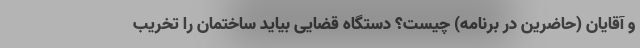
و آقایان (حاضرین در برنامه) چیست؟ دستگاه قضایی بیاید ساختمان را تخریب